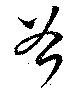
谷